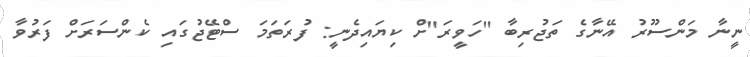
ނީނާ މަންސޫރު އޭނާގެ ތަޖުރިބާ "ހަވީރަ"ށް ކިޔައިދެނީ: ފުރަތަމަ ސްޓޭޖުގައި ކެންސަރަށް ފަރުވާ